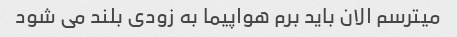
میترسم الان باید برم هواپیما به زودی بلند می شود